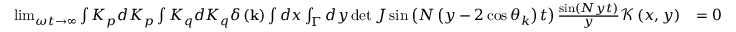
\begin{array} { r l } { \operatorname* { l i m } _ { \omega t \rightarrow \infty } \int K _ { p } d K _ { p } \int K _ { q } d K _ { q } \delta \left( \mathbf { k } \right) \int d x \int _ { \Gamma } d y \operatorname* { d e t } J \sin \left( N \left( y - 2 \cos \theta _ { k } \right) t \right) \frac { \sin \left( N y t \right) } { y } \mathcal { K } \left( x , y \right) } & { = 0 } \end{array}